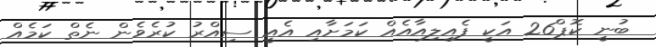
ބުނީ ކޮޕް26 އަކީ ފެއިލިއާއެއް ކަމަށާއި އެއީ ސިއްރު ކުރެވެން ނެތް ކަމެއް